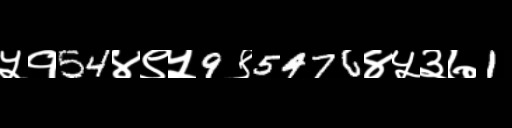
Text: ५१54४९५9९5476४५३७1